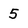
Character: 5